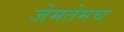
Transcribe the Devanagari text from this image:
जेमतेमच